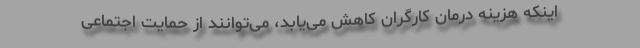
اینکه هزینه درمان کارگران کاهش می‌یابد، می‌توانند از حمایت اجتماعی